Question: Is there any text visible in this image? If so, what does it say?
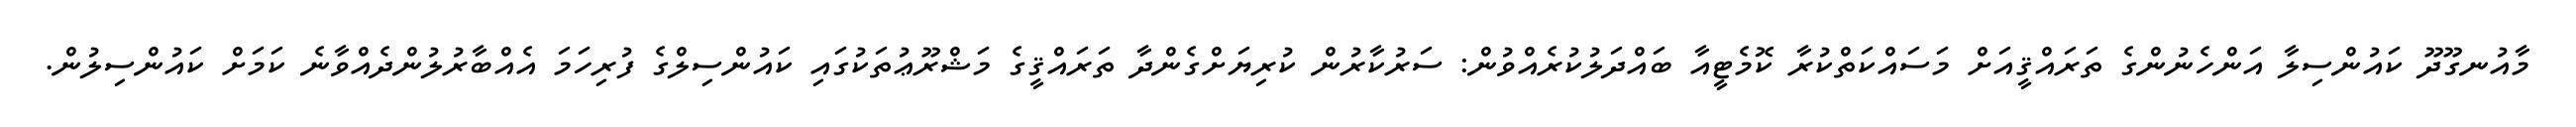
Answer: މާއުނގޫދޫ ކައުންސިލާ އަންހެނުންގެ ތަރައްޤީއަށް މަސައްކަތްކުރާ ކޮމެޓީއާ ބައްދަލުކުރެއްވުން: ސަރުކާރުން ކުރިޔަށްގެންދާ ތަރައްޤީގެ މަޝްރޫޢުތަކުގައި ކައުންސިލްގެ ފުރިހަމަ އެއްބާރުލުންދެއްވާނެ ކަމަށް ކައުންސިލުން.